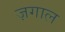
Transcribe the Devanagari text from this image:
ज़गाल